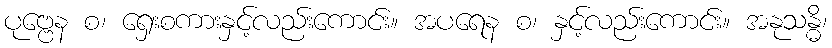
ပုဗ္ဗေန စ၊ ရှေးစကားနှင့်လည်းကောင်း။ အပရေန စ၊ နှင့်လည်းကောင်း။ အနုသန္ဓိ၊